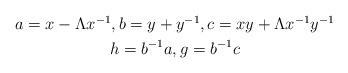
\begin{align*}\begin{gathered}a= x - \Lambda x^{-1}, b= y+y^{-1}, c= xy + \Lambda x^{-1}y^{-1} \\ h = b^{-1}a, g = b^{-1}c\end{gathered}\end{align*}